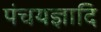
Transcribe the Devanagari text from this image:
पंचयज्ञादि